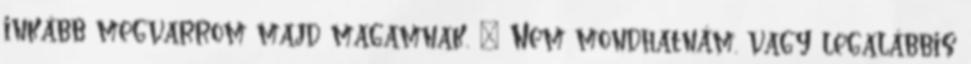
inkább megvarrom majd magamnak. 😂 Nem mondhatnám. vagy legalábbis